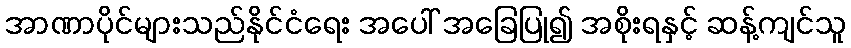
အာဏာပိုင်များသည်နိုင်ငံရေး အပေါ် အခြေပြု၍ အစိုးရနှင့် ဆန့်ကျင်သူ